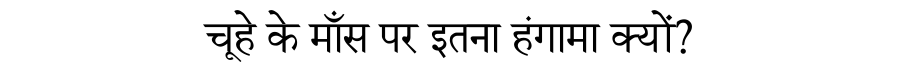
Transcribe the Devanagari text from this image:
चूहे के माँस पर इतना हंगामा क्यों?